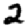
Digit: 2